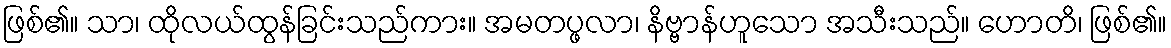
ဖြစ်၏။ သာ၊ ထိုလယ်ထွန်ခြင်းသည်ကား။ အမတပ္ဖလာ၊ နိဗ္ဗာန်ဟူသော အသီးသည်။ ဟောတိ၊ ဖြစ်၏။